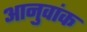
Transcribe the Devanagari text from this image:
आनुवांक